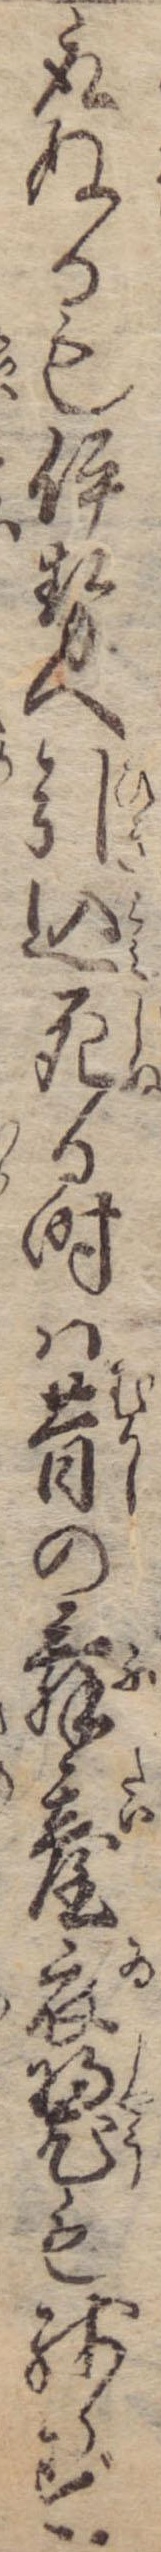
取ぬるも伊勢ヘ引込死る時は昔の舞台衣も残らず